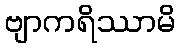
ဗျာကရိဿာမိ